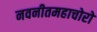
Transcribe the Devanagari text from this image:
नवनीतमहाचोरो